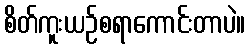
စိတ်ကူးယဉ်စရာကောင်းတာပဲ။